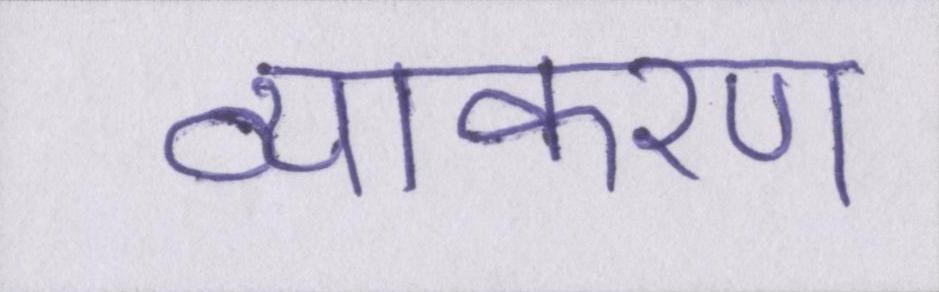
व्याकरण